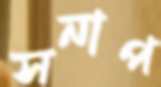
সনাপ